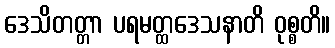
ဒေသိတတ္တာ ပရမတ္ထဒေသနာတိ ဝုစ္စတိ။